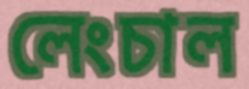
লেংচাল